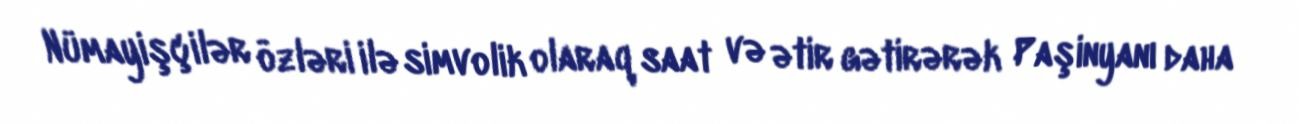
Nümayişçilər özləri ilə simvolik olaraq saat və ətir gətirərək Paşinyanı daha